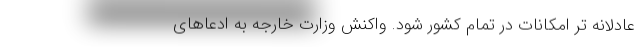
عادلانه تر امکانات در تمام کشور شود. واکنش وزارت خارجه به ادعاهای